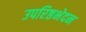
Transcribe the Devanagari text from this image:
उपरिष्ठभेदन